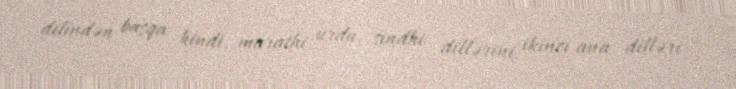
dilindən başqa hindi, marathi, urdu, sindhi dillərini ikinci ana dilləri